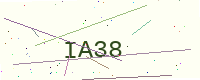
Text: IA38